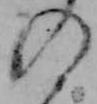
の